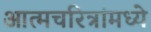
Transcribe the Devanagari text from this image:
आत्मचरित्रांमध्ये